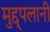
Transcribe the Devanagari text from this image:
मुद्द्पलानी